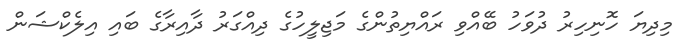
މިދިޔަ ހޮނިހިރު ދުވަހު ބޭއްވި ރައްޔިތުންގެ މަޖިލީހުގެ ދިއްގަރު ދާއިރާގެ ބައި އިލެކްޝަން